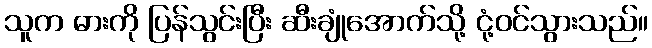
သူက ဓားကို ပြန်သွင်းပြီး ဆီးချုံအောက်သို့ ငုံ့ဝင်သွားသည်။